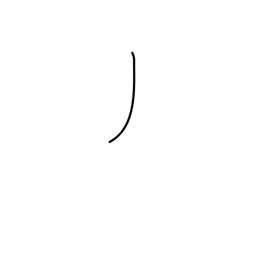
Meaning: katakana no radical (no. 4)